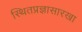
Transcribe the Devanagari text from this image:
स्थितप्रज्ञासारखा